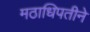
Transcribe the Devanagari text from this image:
मठाधिपतीने